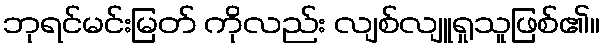
ဘုရင်မင်းမြတ် ကိုလည်း လျစ်လျူရှုသူဖြစ်၏။